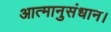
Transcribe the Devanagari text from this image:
आत्मानुसंधान।